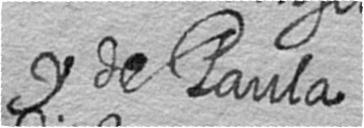
y de Paula